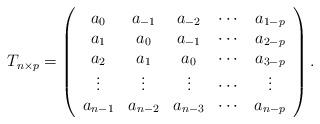
LaTeX: \begin{align*}T_{n \times p}=\left(\begin{array}{ccccc}a_{0} & a_{-1} & a_{-2} & \cdots & a_{1-p}\\a_{1} & a_{0} & a_{-1} & \cdots & a_{2-p}\\a_{2} & a_{1} & a_{0} & \cdots & a_{3-p}\\ \vdots &\vdots &\vdots & \cdots & \vdots\\a_{n-1}& a_{n-2}& a_{n-3}& \cdots & a_{n-p}\end{array} \right).\end{align*}